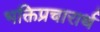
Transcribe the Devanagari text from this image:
भक्तिप्रचारार्थ